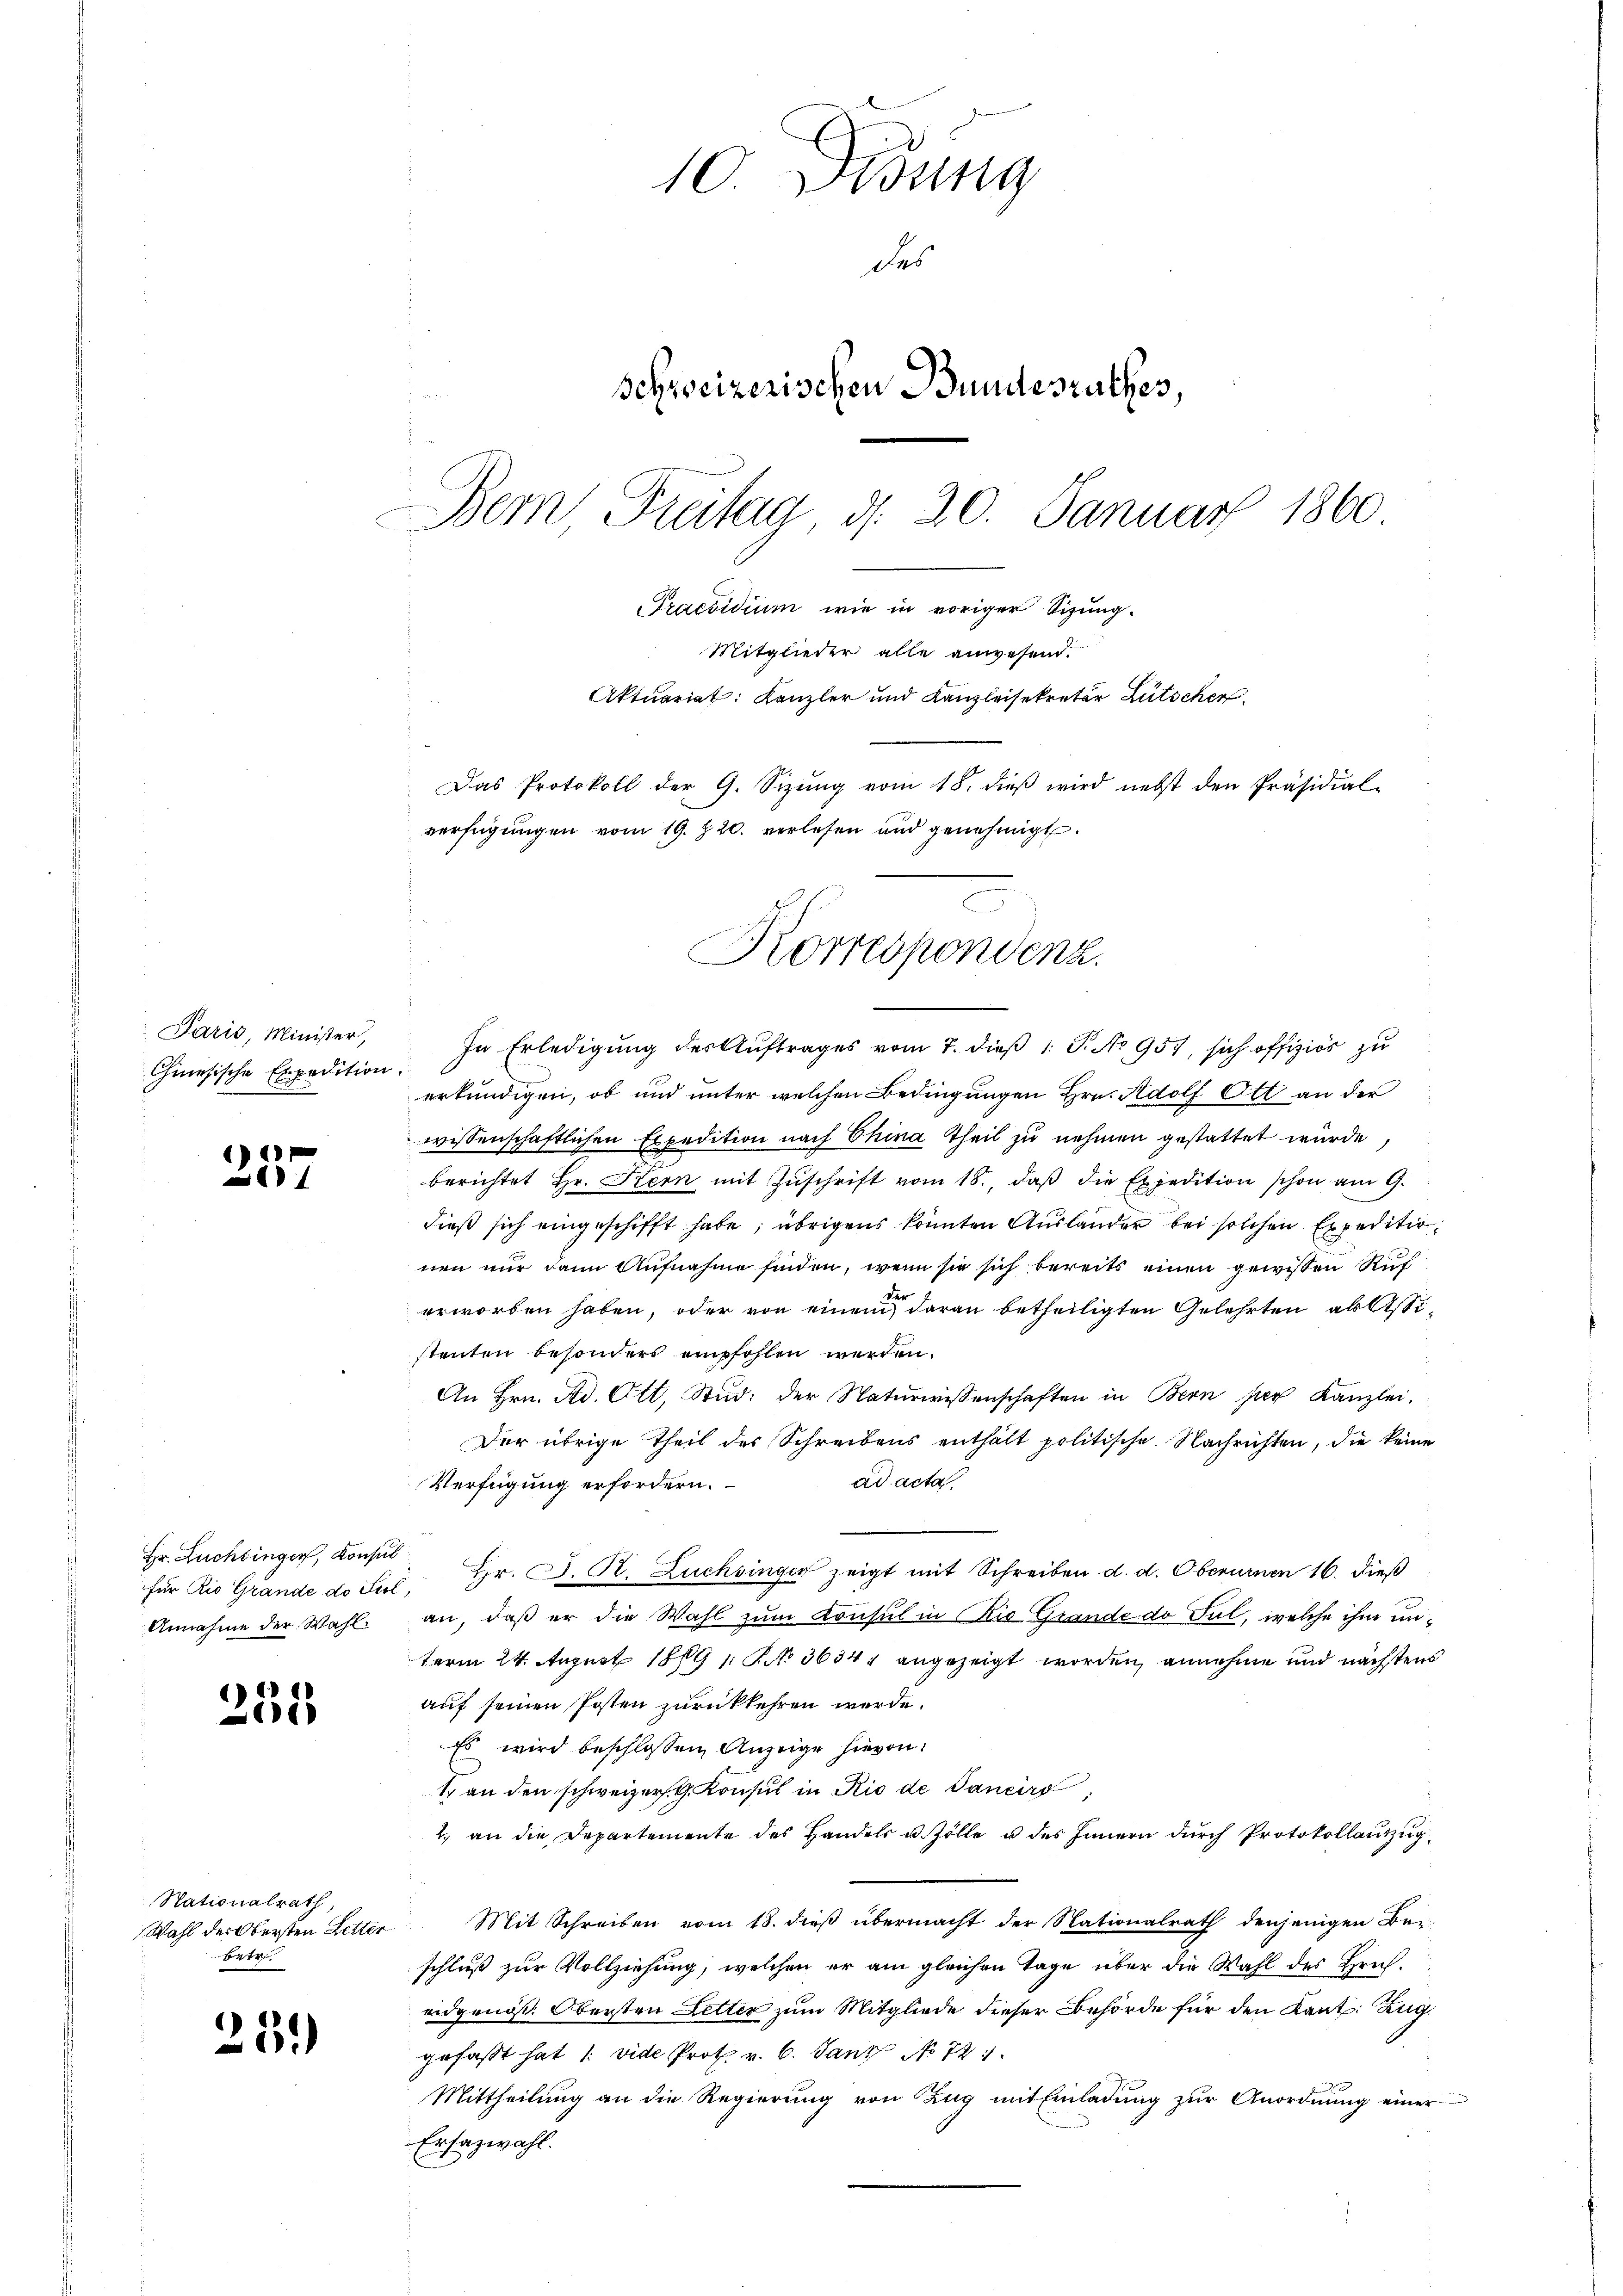
Paris, Minister,
Chinesische Expedition.

10
4

Hr. Luchsinger, Konsul
für Rio Grande do Stol,

235

Nationalrath,
Wahl der Obersten Retter
bte

25.)

10. Didung
des
schweizerischen Bundesrathes,
Bem Freitag d. 20. Januar 1860.
Praesidium wie in voriger Sizung.
Mitglieder alle anwesend.
Aktuariat: Kanzler und Kanzleisekretär Lütschen
Das Protokoll der G. Sizung vom 18. dieß wird nebst den Präsidial-
verfügungen vom 19. Z. 20. verlesen und genehmigt.

In Erledigung der Auftrages vom 7. dieß 1 S. No 957, sich offiziös zu
erkundigen, ob und unter welchen Bedingungen Hrn. Adolf Ott an der
wissenschaftlichen Expedition nach China Theil zu nehmen gestattet würde.
berichtet Hr. Stern mit Zŭschrift vom 18., daβ die Expedition schon am 9.
dieß sich eingeschifft habe; übrigens könnten Ausländer bei solchen Expeditionen nur dann Aufnahme finden, wenn sie sich bereits einen gewissen Ruf
erworben haben, oder von einem daran betheiligten Gelehrten als Astistenten besonders empfohlen werden.
An Hrn. Ad. Ott, Stud. der Naturwissenschaften in Bern per Kanzlei.
Der übrige Theil des Schreibens enthalt politische Nachrichten, die keine
ad acta.
Verfügung erfordern.
Hr. P. R. Zuchsinger zeigt mit Schreiben d. d. Oberurnen 16. dieß
Annahme der Wahl an, daß er die Wahl zum Consul in Rio Grande do Ful, welche ihm unterm 24. August 1879 No 3634 angezeigt worden, annehme und nächstens
auf seinen Posten zurückkehren werde.
Es wird beschlossen Anzeige hievon
1 an den schweizer G. Konsul in Rio de Sancirt,
2. an die Departemente des Handels u. Zölle u des Innern durch Protokollauszug
Mit Schreiben vom 18. dieß übermacht der Nationalrath denjenigen Bei-
schluß zur Vollziehung, welchen er am gleichen Tage über die Wahl des Hricheidgenöß. Obersten Letter zum Mitgliede dieser Behörde für den Kant. Zug
gefaßt hat /: vide Prot. v. 6. Janz No 721.
Mittheilung an die Regierung von Zug mit Einladung zur Anordnung einer
Ersazwahl.

Korrespondenz.